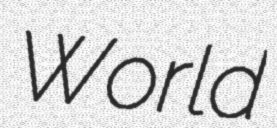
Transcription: World